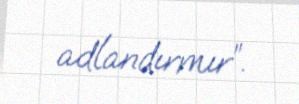
adlandırmır”.